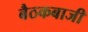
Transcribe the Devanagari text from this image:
बैठकबाजी